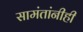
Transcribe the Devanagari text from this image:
सामंतांनीही